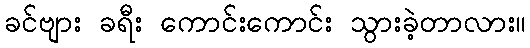
ခင်ဗျား ခရီး ကောင်းကောင်း သွားခဲ့တာလား။